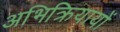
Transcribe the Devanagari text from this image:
अभिक्रियायों